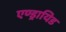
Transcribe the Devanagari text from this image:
एण्ड्रायिड